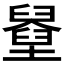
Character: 𡓓